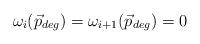
LaTeX: \begin{align*}\omega_{i}(\vec{p}_{deg})=\omega_{i+1}(\vec{p}_{deg})=0\end{align*}